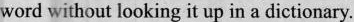
word without looking it up in a dictionary.